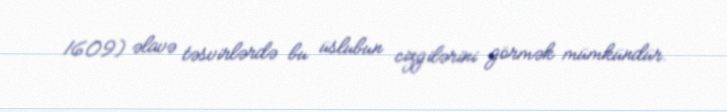
1609) əlavə təsvirlərdə bu üslubun cizgilərini görmək mümkündür.